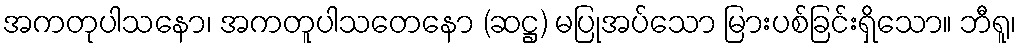
အကတုပါသနော၊ အကတူပါသတေနော (ဆဋ္ဌ) မပြုအပ်သော မြားပစ်ခြင်းရှိသော။ ဘီရူ၊